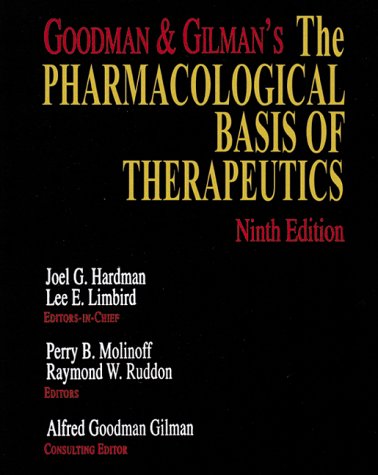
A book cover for Goodman and Gilman's: The Pharmacological Basis of Therapeutics (9th ed); Medical Books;